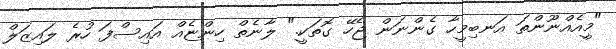
"މީއެއްނޫންތަ އަނބިމީހާ ގެންނަން ޖެހޭ ގޮތަކީ." ލާނެތް ހިންޏެއް އައިސްފަ ހުރެ ލައިޒަލް